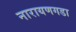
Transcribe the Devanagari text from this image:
नारायणगडा